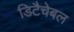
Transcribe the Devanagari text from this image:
डिटैचेबल